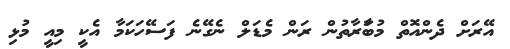
އޭރަށް ދެންއޮތް މުބަަާރާތުުން ރަން މެޑަލް ނެގޭނެ ފަސޭހަކަމާ އެކީ މިއީ މުޅި